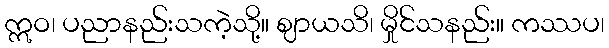
ဣဝ၊ ပညာနည်းသကဲ့သို့။ ဈာယသိ၊ မှိုင်သနည်း။ ကဿပ၊